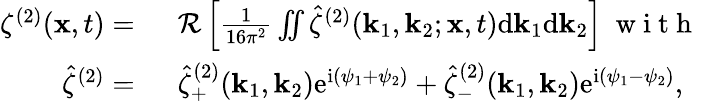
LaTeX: \begin{array}{rl}{\zeta^{(2)}(\mathbf{x},t)=~}&{{}\mathcal{R}\left[\frac{1}{16\pi^{2}}\iint\hat{\zeta}^{(2)}(\mathbf{k}_{1},\mathbf{k}_{2};\mathbf{x},t)\mathrm{d}\mathbf{k}_{1}\mathrm{d}\mathbf{k}_{2}\right]~\mathrm{~w~i~t~h~}~}\\ {\hat{\zeta}^{(2)}=~}&{{}\hat{\zeta}_{+}^{(2)}(\mathbf{k}_{1},\mathbf{k}_{2})\mathrm{e}^{\mathrm{i}(\psi_{1}+\psi_{2})}+\hat{\zeta}_{-}^{(2)}(\mathbf{k}_{1},\mathbf{k}_{2})\mathrm{e}^{\mathrm{i}(\psi_{1}-\psi_{2})},}\end{array}